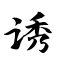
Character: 诱